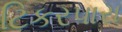
ટિકરપારા